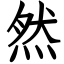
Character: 然